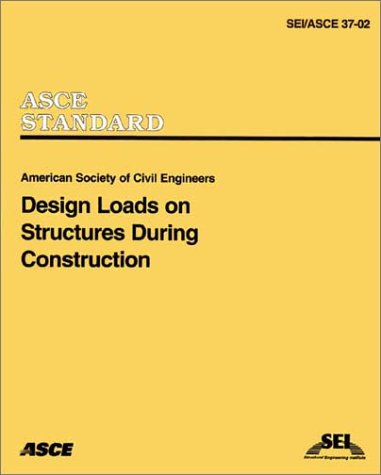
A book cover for Design Loads on Structures During Construction (SEI/ASCE 37-02); Design Loads on Structures During Constr; Engineering & Transportation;